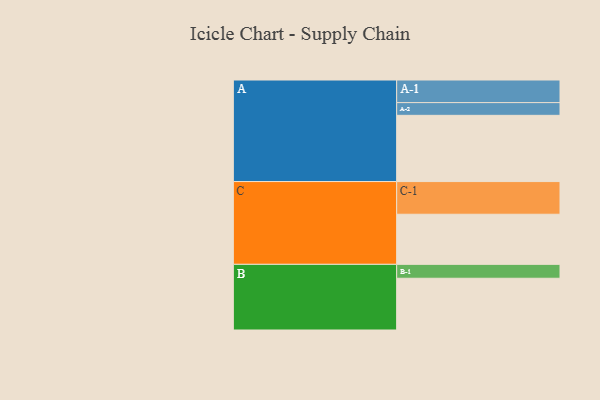
{"axis": {"x": "Segment", "y": "Value"}, "legend": ["", "A", "B", "C"], "data": [{"x": "A", "y": 448, "type": ""}, {"x": "B", "y": 350, "type": ""}, {"x": "C", "y": 339, "type": ""}, {"x": "A-1", "y": 153, "type": "A"}, {"x": "A-2", "y": 86, "type": "A"}, {"x": "B-1", "y": 94, "type": "B"}, {"x": "C-1", "y": 221, "type": "C"}]}